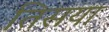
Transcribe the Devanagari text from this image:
तिसया